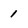
Character: 1